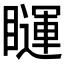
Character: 𰦅